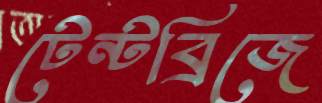
টেন্টব্রিজে